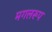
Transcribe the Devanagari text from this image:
मगलरूप